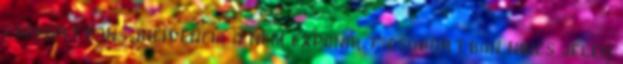
csoportban incidencia a nem exponált csoportban nincs jelen